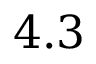
4 . 3